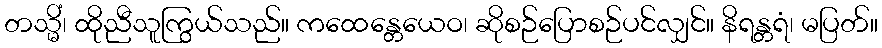
တသ္မိံ၊ ထိုညီသူကြွယ်သည်။ ကထေန္တေယေဝ၊ ဆိုစဉ်ပြောစဉ်ပင်လျှင်။ နိရန္တရံ၊ မပြတ်။